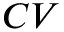
C V